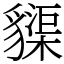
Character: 䝣